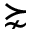
\succnsim